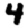
Digit: 4